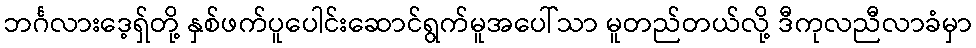
ဘင်္ဂလားဒေ့ရှ်တို့ နှစ်ဖက်ပူပေါင်းဆောင်ရွက်မူအပေါ်သာ မူတည်တယ်လို့ ဒီကုလညီလာခံမှာ